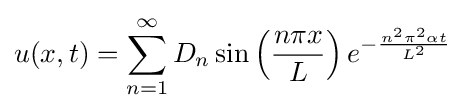
u(x,t)=\sum _{n=1}^{\infty }D_{n}\sin \left({\frac {n\pi x}{L}}\right)e^{-{\frac {n^{2}\pi ^{2}\alpha t}{L^{2}}}}